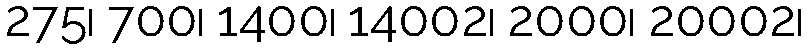
275၊ 700၊ 1400၊ 14002၊ 2000၊ 20002၊